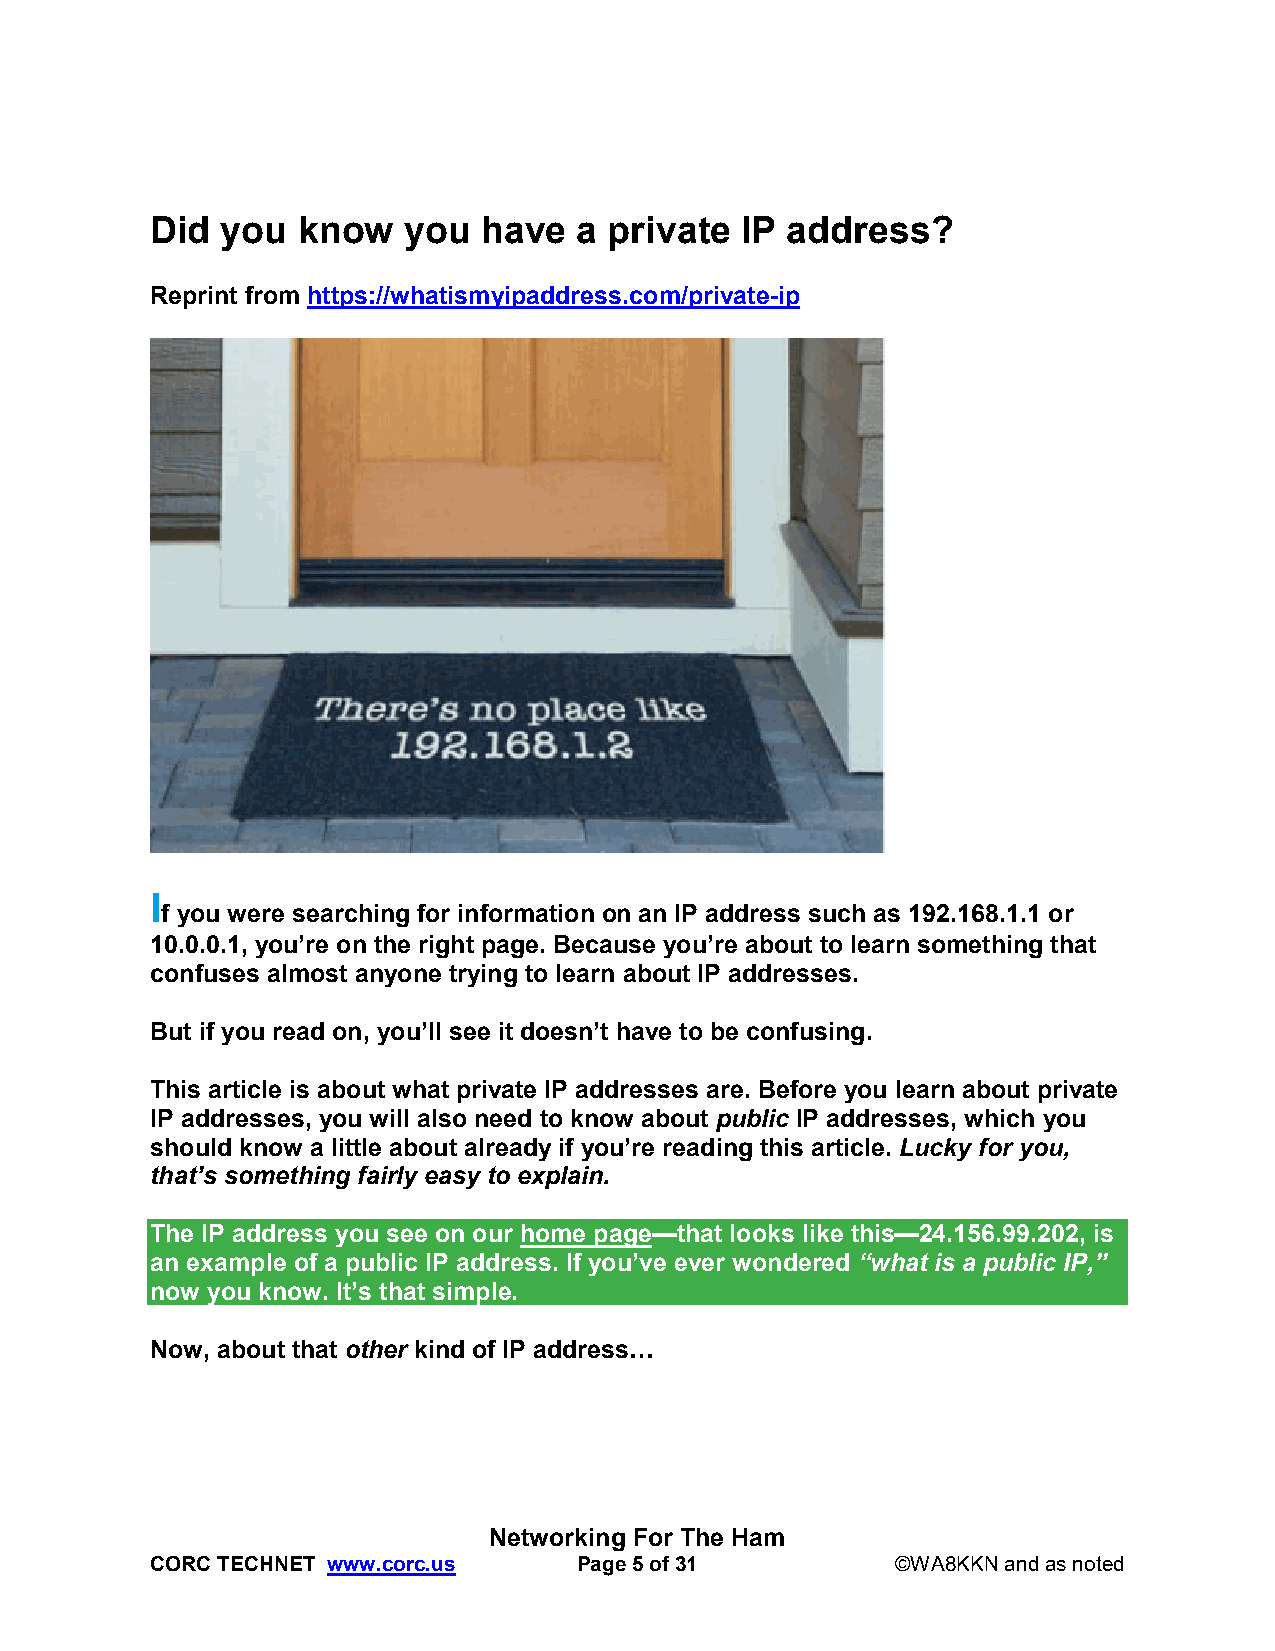
Did  you  know   you  have  a private  IP address?
 Reprint from https://whatismyipaddress.com/private-ip
 I
 f you were searching for information on an IP address such as 192.168.1.1 or
 10.0.0.1, you’re on the right page. Because you’re about to learn something that
 confuses almost anyone trying to learn about IP addresses.
 But if you read on, you’ll see it doesn’t have to be confusing.
 This article is about what private IP addresses are. Before you learn about private
 IP addresses, you will also need to know about public IP addresses, which you
 should know a little about already if you’re reading this article. Lucky for you,
 that’s something fairly easy to explain.
 The IP address you see on our home page—that looks like this—24.156.99.202, is
 an example of a public IP address. If you’ve ever wondered “what is a public IP,”
 now you know. It’s that simple.
 Now, about that other kind of IP address…
 Networking For The Ham
 CORC TECHNET www.corc.us    Page 5 of 31         ©WA8KKN and as noted